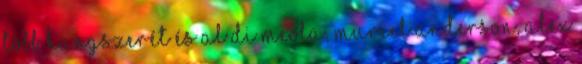
több hangszerét és Al di Meola, Muriel Anderson, Alex